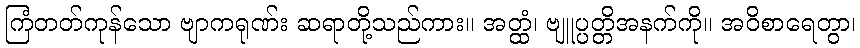
ကြံတတ်ကုန်သော ဗျာကရုဏ်း ဆရာတို့သည်ကား။ အတ္ထံ၊ ဗျူပ္ပတ္တိအနက်ကို။ အဝိစာရေတွာ၊